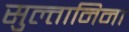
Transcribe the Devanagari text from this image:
सुल्तानिना